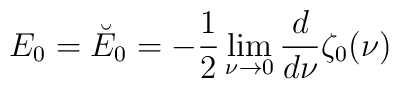
E_0=\breve{E}_0=-\frac 12\lim_{\nu\rightarrow 0}{d \over d\nu}\zeta_0(\nu)